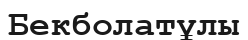
Бекболатұлы